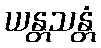
ယန္တသန္တံ